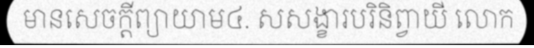
មានសេចក្តីព្យាយាម៤. សសង្ខារបរិនិព្វាយី លោក